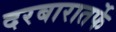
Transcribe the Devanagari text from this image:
दरबारातर्फे